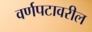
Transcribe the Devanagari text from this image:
वर्णपटावरील